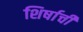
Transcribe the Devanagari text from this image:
शिर्षाची